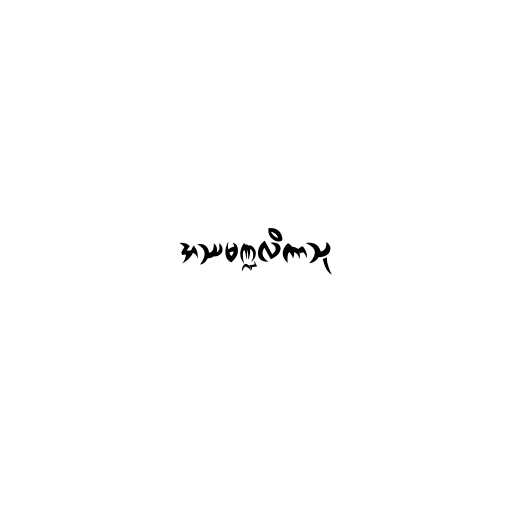
အဿမဏ္ဍလိကာသု